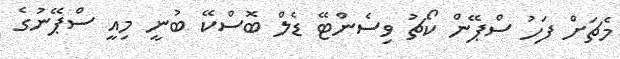
މެޗަށް ފަހު ސްޕޭން ކޯޗު ވިސެންޓޭ ޑެލް ބޮސްކޭ ބުނީ މިއީ ސްޕޭނުގެ